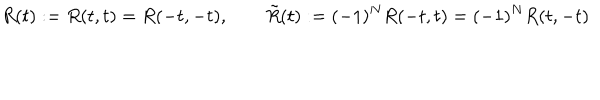
R ( t ) : = R ( t , t ) = R ( - t , - t ) , \qquad \tilde { R } ( t ) : = ( - 1 ) ^ { N } R ( - t , t ) = ( - 1 ) ^ { N } R ( t , - t )